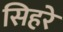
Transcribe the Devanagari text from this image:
सिहरे